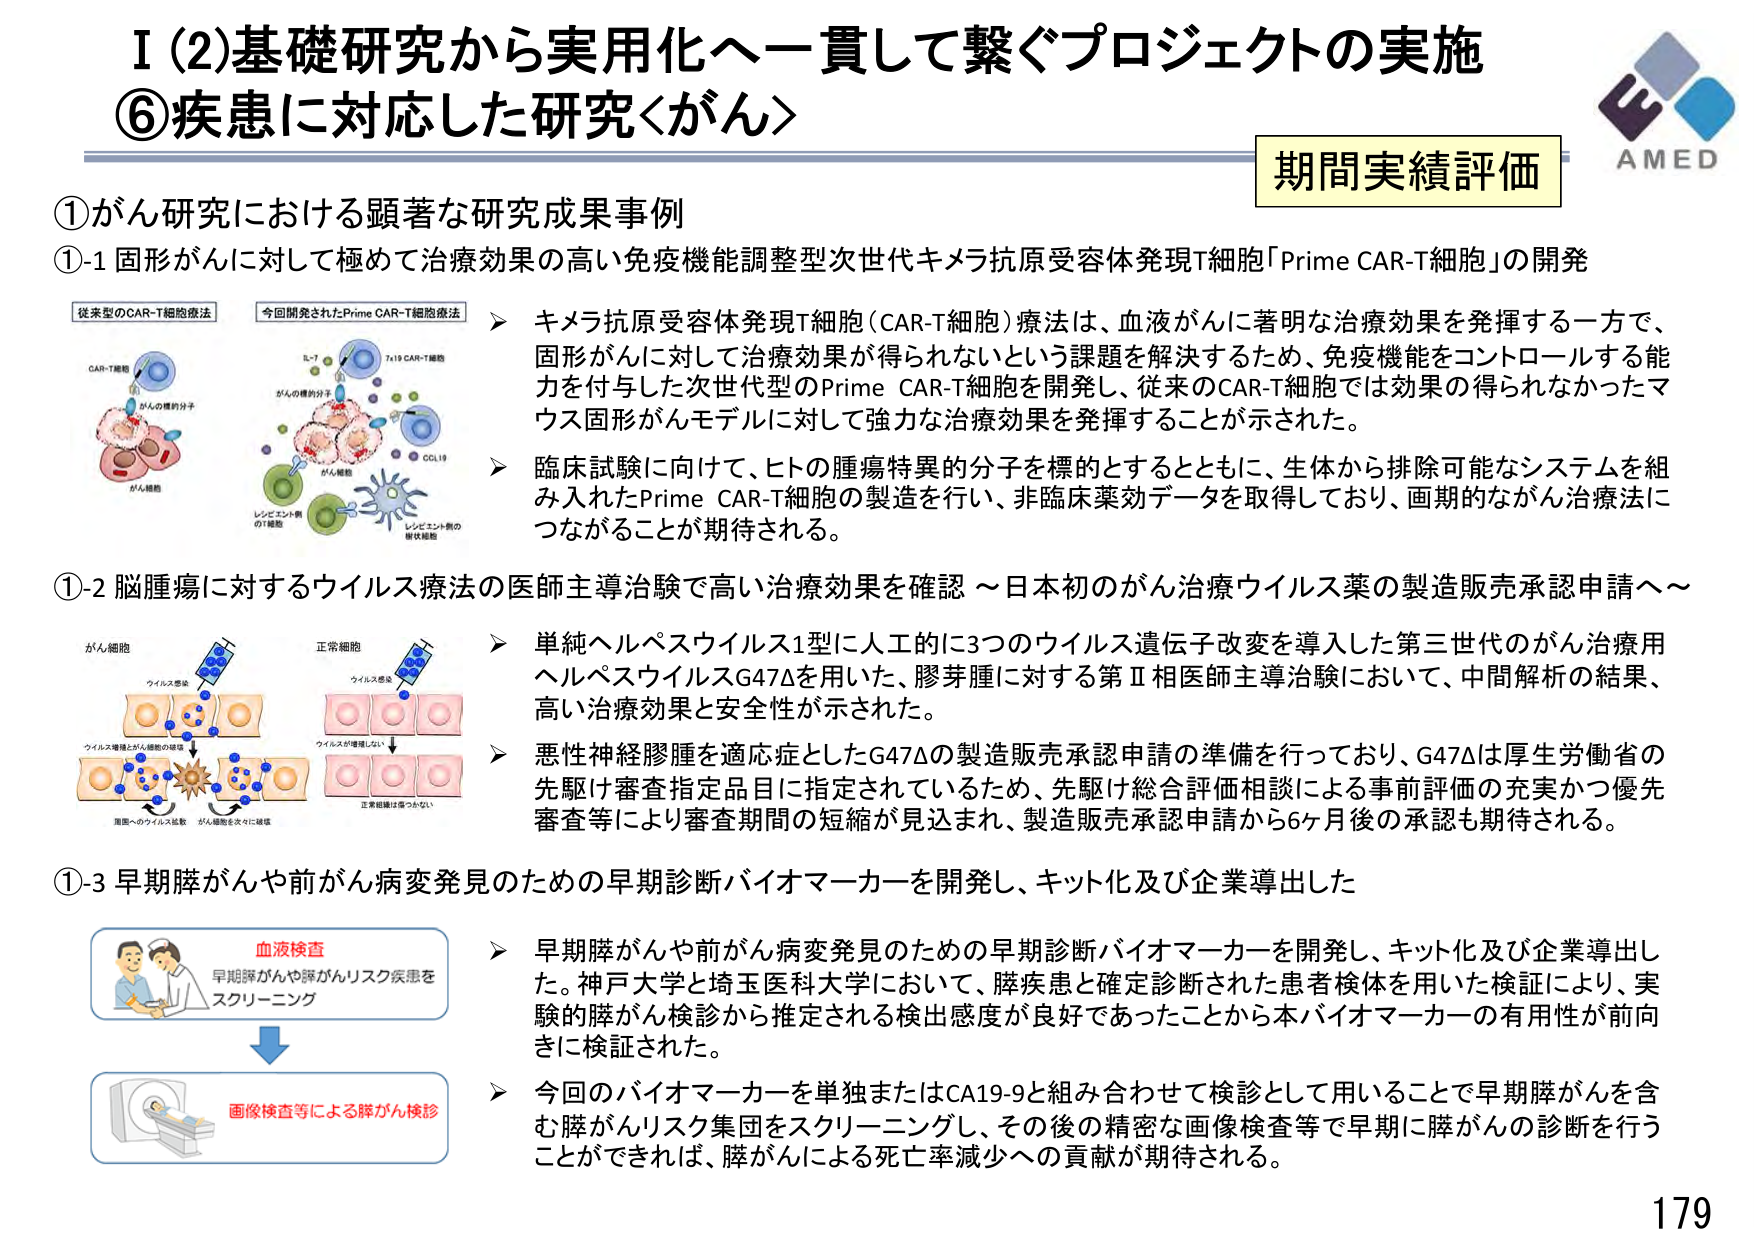
I (2) 基礎研究から実用化へー貫して繋ぐプロジェクトの実施
⑥疾患に対応した研究<がん>

期間実績評価
AMED

①がん研究における顕著な研究成果事例

①-1 固形がんに対して極めて治療効果の高い免疫機能調整型次世代キメラ抗原受容体発現T細胞「Prime CAR-T細胞」の開発

従来型のCAR-T細胞療法
CAR-T細胞
がんの標的分子
がん細胞

今回開発されたPrime CAR-T細胞療法
IL-7
がんの標的分子
7x19 CAR-T細胞
CCL19
がん細胞
レシピエント側のT細胞
レシピエント側の樹状細胞

➤ キメラ抗原受容体発現T細胞（CAR-T細胞）療法は、血液がんに著明な治療効果を発揮する一方で、固形がんに対して治療効果が得られないという課題を解決するため、免疫機能をコントロールする能力を付与した次世代型のPrime CAR-T細胞を開発し、従来のCAR-T細胞では効果の得られなかったマウス固形がんモデルに対して強力な治療効果を発揮することが示された。

➤ 臨床試験に向けて、ヒトの腫瘍特異的分子を標的とするとともに、生体から排除可能なシステムを組み入れたPrime CAR-T細胞の製造を行い、非臨床薬効データを取得しており、画期的ながん治療法につながることが期待される。

①-2 脳腫瘍に対するウイルス療法の医師主導治験で高い治療効果を確認 ～日本初のがん治療ウイルス薬の製造販売承認申請へ～

がん細胞
ウイルス感染
ウイルス増殖とがん細胞の破壊
周囲へのウイルス拡散
がん細胞を次々に破壊

正常細胞
ウイルス感染
ウイルスが増殖しない
正常細胞は傷つかない

➤ 単純ヘルペスウイルス1型に人工的に3つのウイルス遺伝子改変を導入した第三世代のがん治療用ヘルペスウイルスG47Δを用いた、膠芽腫に対する第Ⅱ相医師主導治験において、中間解析の結果、高い治療効果と安全性が示された。

➤ 悪性神経膠腫を適応症としたG47Δの製造販売承認申請の準備を行っており、G47Δは厚生労働省の先駆け審査指定品目に指定されているため、先駆け総合評価相談による事前評価の充実かつ優先審査等により審査期間の短縮が見込まれ、製造販売承認申請から6ヶ月後の承認も期待される。

①-3 早期膵がんや前がん病変発見のための早期診断バイオマーカーを開発し、キット化及び企業導出した

血液検査
早期膵がんや膵がんリスク疾患をスクリーニング

画像検査等による膵がん検診

➤ 早期膵がんや前がん病変発見のための早期診断バイオマーカーを開発し、キット化及び企業導出した。神戸大学と埼玉医科大学において、膵疾患と確定診断された患者検体を用いた検証により、実験的膵がん検診から推定される検出感度が良好であったことから本バイオマーカーの有用性が前向きに検証された。

➤ 今回のバイオマーカーを単独またはCA19-9と組み合わせて検診として用いることで早期膵がんを含む膵がんリスク集団をスクリーニングし、その後の精密な画像検査等で早期に膵がんの診断を行うことができれば、膵がんによる死亡率減少への貢献が期待される。

179